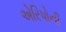
એરિપોની